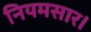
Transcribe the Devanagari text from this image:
नियमसार।